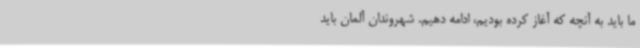
ما باید به آنچه که آغاز کرده بودیم، ادامه دهیم. شهروندان آلمان باید